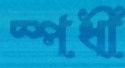
স্পর্ধী